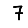
Digit: 7